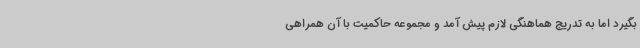
بگیرد اما به تدریج هماهنگی لازم پیش آمد و مجموعه حاکمیت با آن همراهی